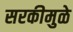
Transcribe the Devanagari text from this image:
सरकीमुळे